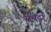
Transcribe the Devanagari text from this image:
ममड़ा